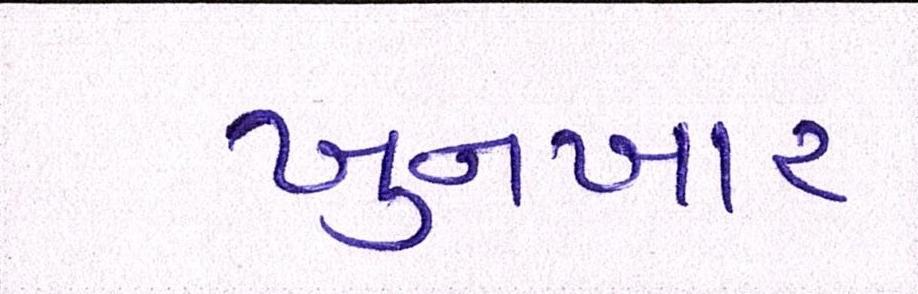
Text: ખુનખાર